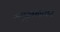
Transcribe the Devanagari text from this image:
रसूलनगर